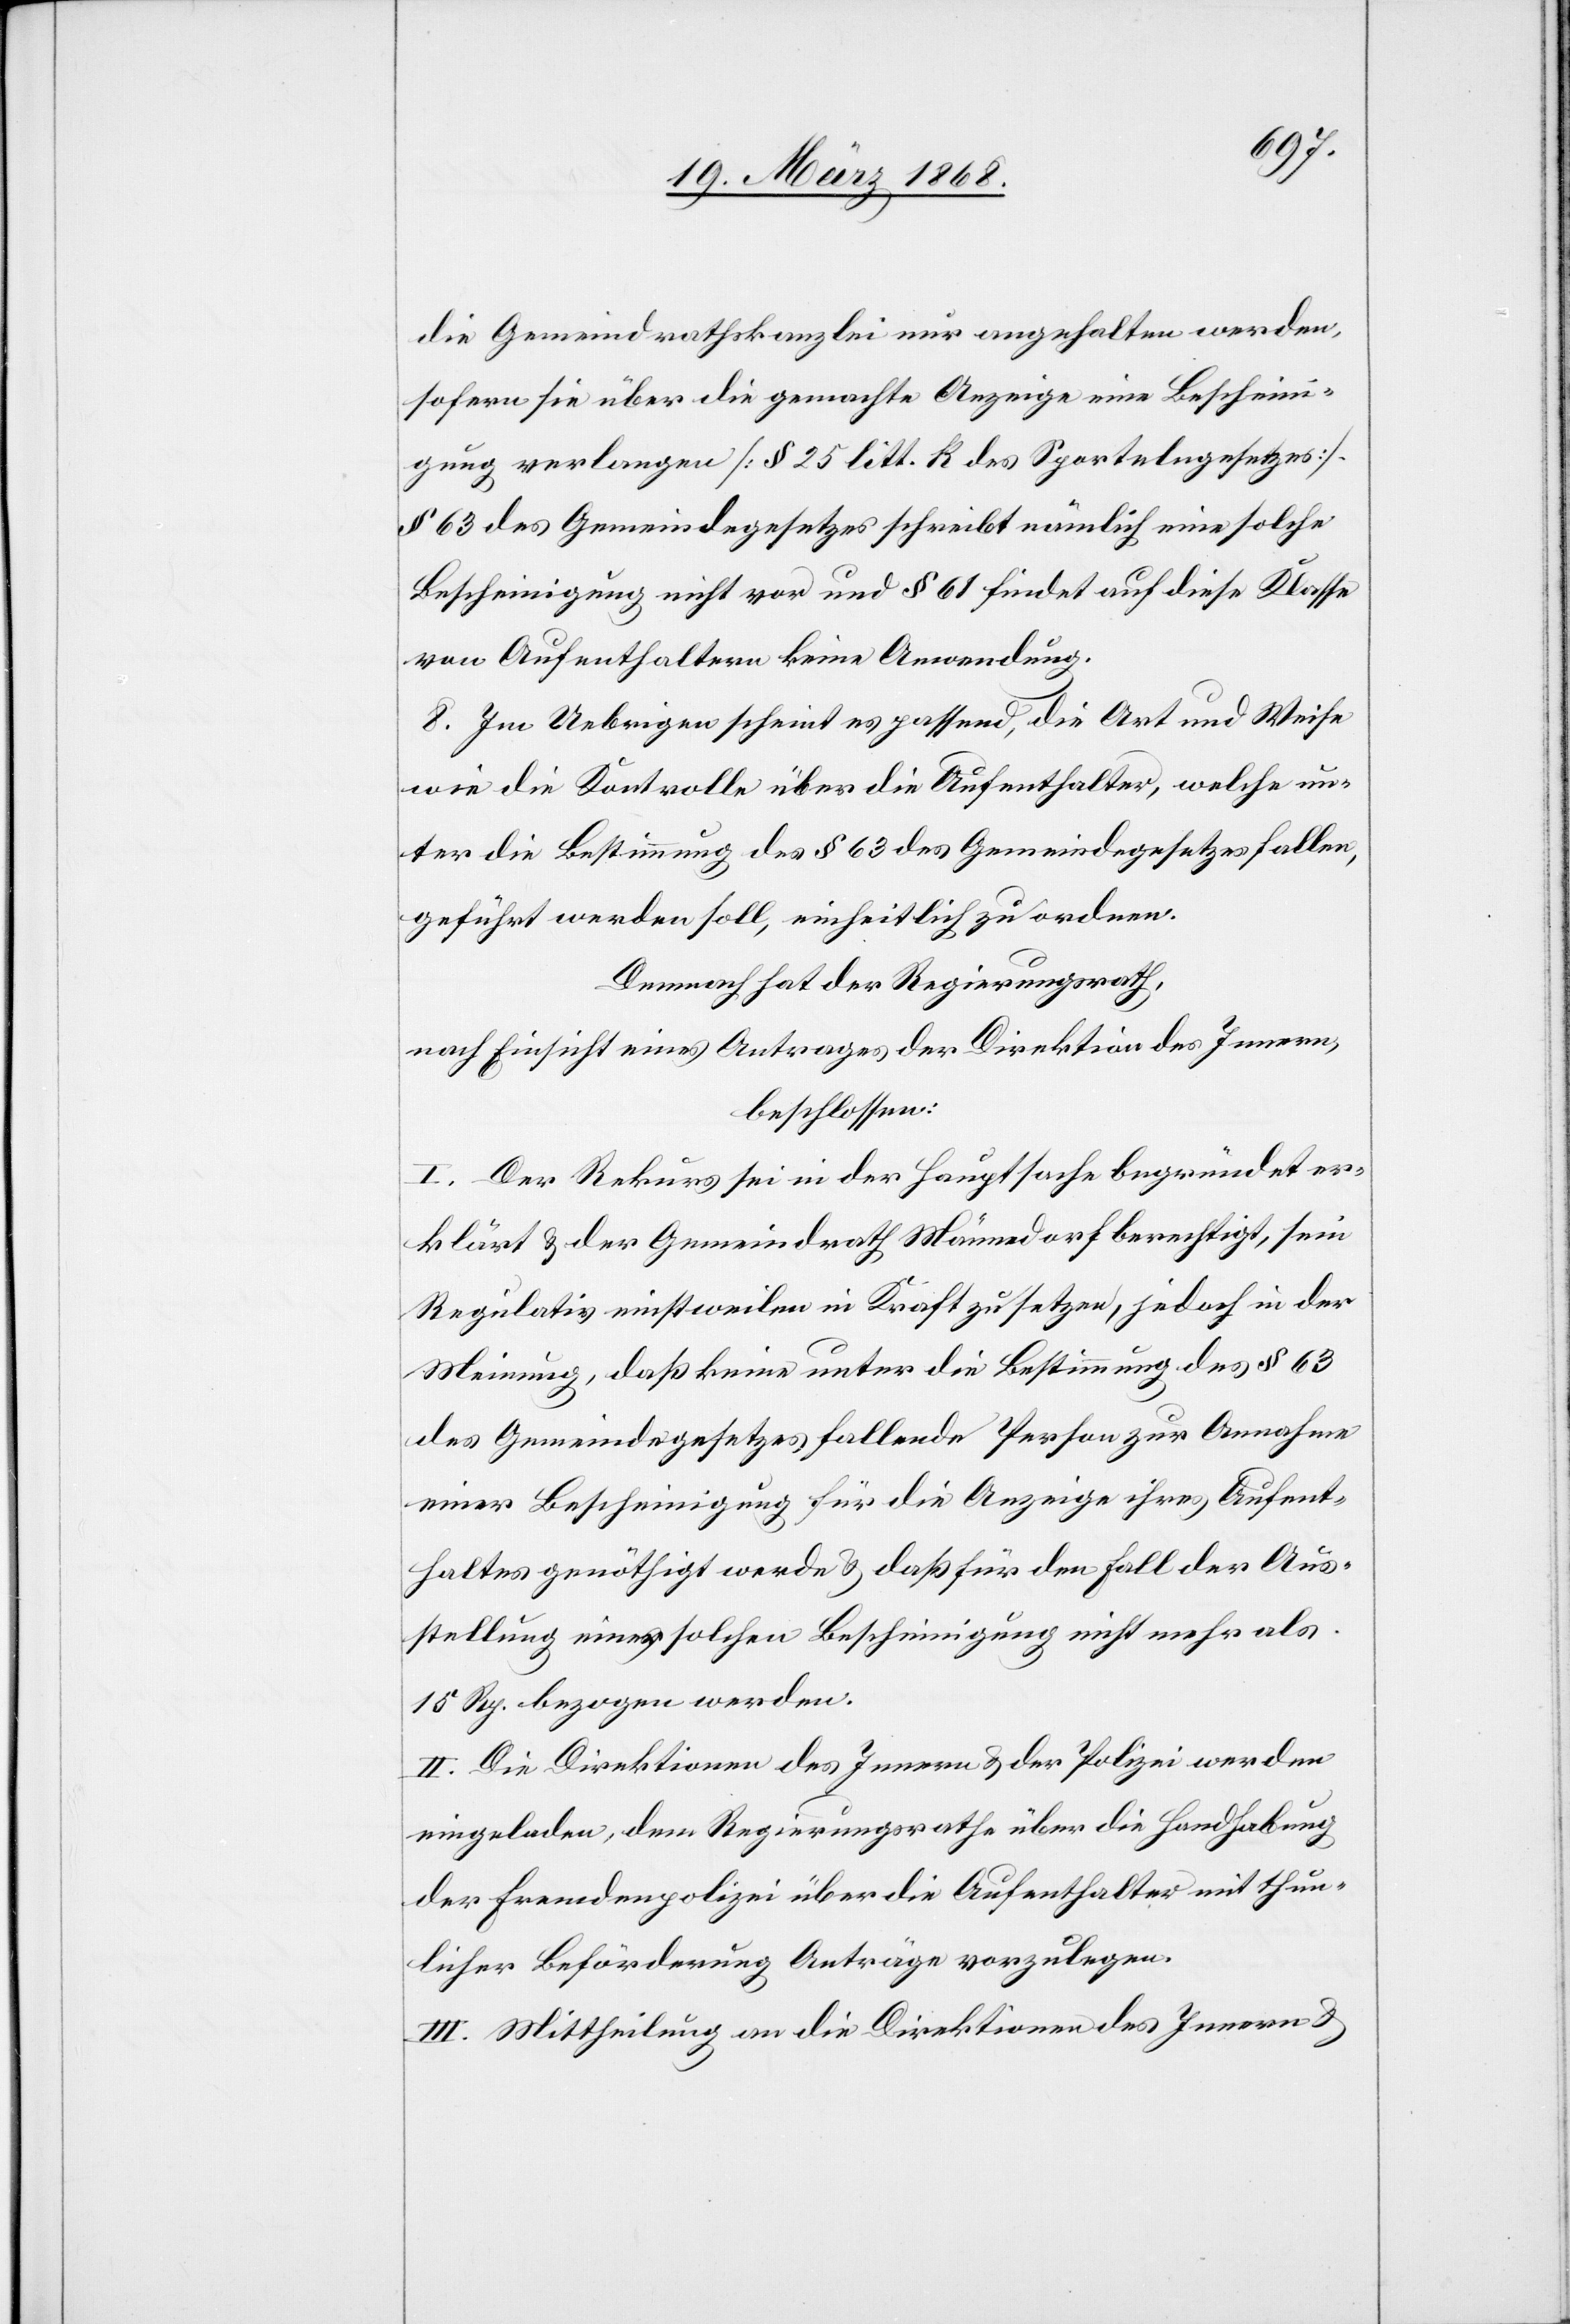
die Gemeindrathskanzlei nur angehalten werden,
sofern sie über die gemachte Anzeige eine Bescheini¬
gung verlangen [§ 25 litt. k des Sportelngesetzes].
§ 63 des Gemeindegesetzes schreibt nämlich eine solche
Bescheinigung nicht vor und § 61 findet auf diese Klasse
von Aufenthaltern keine Anwendung.
8. Im Uebrigen scheint es passend, die Art und Weise
wie die Kontrolle über die Aufenthalter, welche un¬
ter die Bestimmung des § 63 des Gemeindegesetzes fallen,
geführt werden soll, einheitlich zu ordnen.
Demnach hat der Regierungsrath,
nach Einsicht eines Antrages der Direktion des Innern,
beschlossen:
I. Der Rekurs sei in der Hauptsache begründet er¬
klärt & der Gemeindrath Männedorf berechtigt, sein
Regulativ einstweilen in Kraft zu setzen, jedoch in der
Meinung, daß keine unter die Bestimmung des § 63
des Gemeindegesetzes fallende Person zur Annahme
einer Bescheinigung für die Anzeige ihres Aufent¬
haltes genöthigt werde & daß für den Fall der Aus¬
stellung einer solchen Bescheinigung nicht mehr als
15 Rp. bezogen werden.
II. Die Direktionen des Innern & der Polizei werden
eingeladen, dem Regierungsrathe über die Handhabung
der Fremdenpolizei über die Aufenthalter mit thun¬
licher Beförderung Anträge vorzulegen.
III. Mittheilung an die Direktionen des Innern &